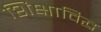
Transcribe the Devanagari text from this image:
शिक्षाविद्ध